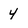
Character: 4